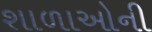
શાળાઓની